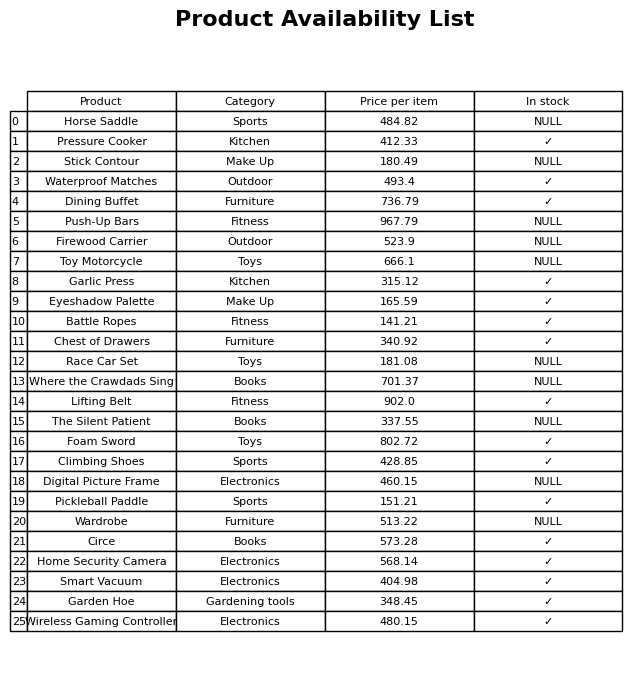
question: Which products are available in stock?
answer: Pressure Cooker, Waterproof Matches, Dining Buffet, Garlic Press, Eyeshadow Palette, Battle Ropes, Chest of Drawers, Lifting Belt, Foam Sword, Climbing Shoes, Pickleball Paddle, Circe, Home Security Camera, Smart Vacuum, Garden Hoe, Wireless Gaming Controller